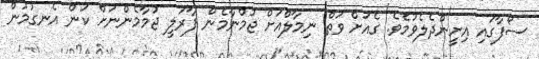
ސޯފާގައި އިށީންދެލެވުމެވެ. ގެއަށް ވަތް ނިމާލްއަށް ޖުމްނާމެން ފާރަލީ ޖުމާމެންނަށް ކަން އެނގުމުން